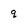
Character: q